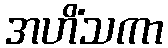
အဟိံသကာ